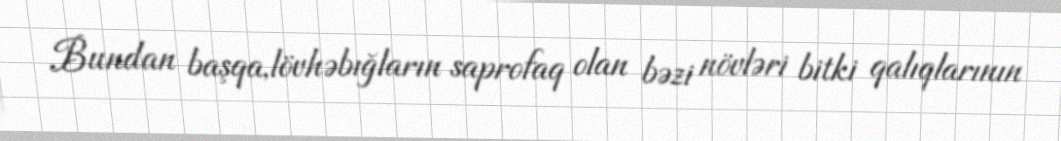
Bundan başqa,lövhəbığların saprofaq olan bəzi növləri bitki qalıqlarının